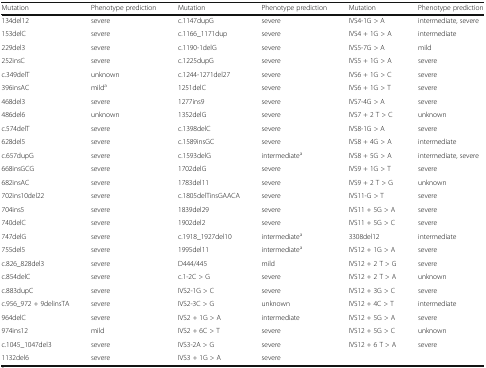
<table><thead><tr><td><b>Mutation</b></td><td><b>Phenotype prediction</b></td><td><b>Mutation</b></td><td><b>Phenotype prediction</b></td><td><b>Mutation</b></td><td><b>Phenotype prediction</b></td></tr></thead><tbody><tr><td>134del12</td><td>severe</td><td>c.1147dupG</td><td>severe</td><td>IVS4-1G &gt; A</td><td>intermediate, severe</td></tr><tr><td>153delC</td><td>severe</td><td>c.1166_1171dup</td><td>severe</td><td>IVS4 + 1G &gt; A</td><td>intermediate</td></tr><tr><td>229del3</td><td>severe</td><td>c.1190-1delG</td><td>severe</td><td>IVS5-7G &gt; A</td><td>mild</td></tr><tr><td>252insC</td><td>severe</td><td>c.1225dupG</td><td>severe</td><td>IVS5 + 1G &gt; A</td><td>severe</td></tr><tr><td>c.349delT</td><td>unknown</td><td>c.1244-1271del27</td><td>severe</td><td>IVS6 + 1G &gt; C</td><td>severe</td></tr><tr><td>396insAC</td><td>mild<sup>a</sup></td><td>1251delC</td><td>severe</td><td>IVS6 + 1G &gt; T</td><td>severe</td></tr><tr><td>468del3</td><td>severe</td><td>1277ins9</td><td>severe</td><td>IVS7-4G &gt; A</td><td>severe</td></tr><tr><td>486del6</td><td>unknown</td><td>1352delG</td><td>severe</td><td>IVS7 + 2 T &gt; C</td><td>unknown</td></tr><tr><td>c.574delT</td><td>severe</td><td>c.1398delC</td><td>severe</td><td>IVS8-1G &gt; A</td><td>severe</td></tr><tr><td>628del5</td><td>severe</td><td>c.1589insGC</td><td>severe</td><td>IVS8 + 4G &gt; A</td><td>intermediate</td></tr><tr><td>c.657dupG</td><td>severe</td><td>c.1593delG</td><td>intermediate<sup>a</sup></td><td>IVS8 + 5G &gt; A</td><td>intermediate, severe</td></tr><tr><td>668insGCG</td><td>severe</td><td>1702delG</td><td>severe</td><td>IVS9 + 1G &gt; T</td><td>severe</td></tr><tr><td>682insAC</td><td>severe</td><td>1783del11</td><td>severe</td><td>IVS9 + 2 T &gt; G</td><td>unknown</td></tr><tr><td>702ins10del22</td><td>severe</td><td>c.1805delTinsGAACA</td><td>severe</td><td>IVS11-G &gt; T</td><td>severe</td></tr><tr><td>704ins5</td><td>severe</td><td>1839del29</td><td>severe</td><td>IVS11 + 5G &gt; A</td><td>severe</td></tr><tr><td>740delC</td><td>severe</td><td>1902del2</td><td>severe</td><td>IVS11 + 5G &gt; C</td><td>severe</td></tr><tr><td>747delG</td><td>severe</td><td>c.1918_1927del10</td><td>intermediate<sup>a</sup></td><td>3308del12</td><td>intermediate</td></tr><tr><td>755del5</td><td>severe</td><td>1995del11</td><td>intermediate<sup>a</sup></td><td>IVS12 + 1G &gt; A</td><td>severe</td></tr><tr><td>c.826_828del3</td><td>severe</td><td>D444/445</td><td>mild</td><td>IVS12 + 2 T &gt; G</td><td>severe</td></tr><tr><td>c.854delC</td><td>severe</td><td>c.1-2C &gt; G</td><td>severe</td><td>IVS12 + 2 T &gt; A</td><td>unknown</td></tr><tr><td>c.883dupC</td><td>severe</td><td>IVS2-1G &gt; C</td><td>severe</td><td>IVS12 + 3G &gt; C</td><td>severe</td></tr><tr><td>c.956_972 + 9delinsTA</td><td>severe</td><td>IVS2-3C &gt; G</td><td>unknown</td><td>IVS12 + 4C &gt; T</td><td>intermediate</td></tr><tr><td>964delC</td><td>severe</td><td>IVS2 + 1G &gt; A</td><td>intermediate</td><td>IVS12 + 5G &gt; A</td><td>severe</td></tr><tr><td>974ins12</td><td>mild</td><td>IVS2 + 6C &gt; T</td><td>severe</td><td>IVS12 + 5G &gt; C</td><td>unknown</td></tr><tr><td>c.1045_1047del3</td><td>severe</td><td>IVS3-2A &gt; G</td><td>severe</td><td>IVS12 + 6 T &gt; A</td><td>severe</td></tr><tr><td>1132del6</td><td>severe</td><td>IVS3 + 1G &gt; A</td><td>severe</td><td></td><td></td></tr></tbody></table>